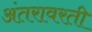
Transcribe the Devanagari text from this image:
अंतरावरती